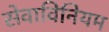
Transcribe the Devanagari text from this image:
सेवाविनियम